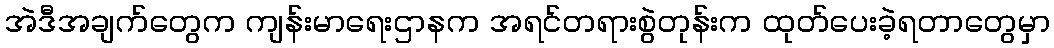
အဲဒီအချက်တွေက ကျန်းမာရေးဌာနက အရင်တရားစွဲတုန်းက ထုတ်ပေးခဲ့ရတာတွေမှာ